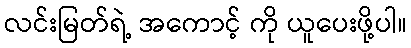
လင်းမြတ်ရဲ့ အကောင့် ကို ယူပေးဖို့ပါ။